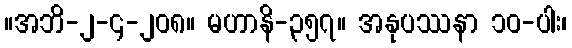
။အဘိ-၂-၄-၂၀၈။ မဟာနိ-၃၅၇။ အနုပဿနာ ၁၀-ပါး၊